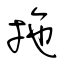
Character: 拖